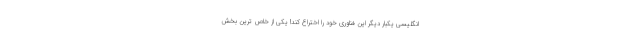
انگلیسی یکبار دیگر این فناوری خود را اختراع کند! یکی از خاص ترین بخش